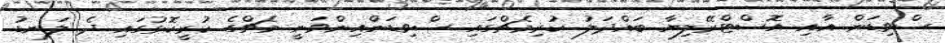
ސްވިޑަން އާއި އޮސްޓްރޭލިޔާ ބައްދަލު ކުރިމެޗްގައި ސްވިޑަންއިންވަނީ މެޗްގެ ކުރީކޮޅުގައި ދެ ލަނޑު